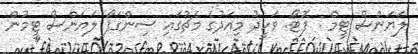
ލަޔަންސް ޓީމް : ފޮޓޯ: ވަހީދު މިއަދުގެ މެޗުގައި ސިންގަޕޯ ލަޔަންސް ޓީމުން